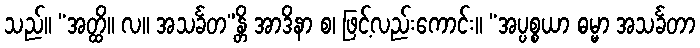
သည်။ “အတ္ထိ။ လ။ အသင်္ခတ”န္တိ အာဒိနာ စ၊ ဖြင့်လည်းကောင်း။ “အပ္ပစ္စယာ ဓမ္မာ အသင်္ခတာ